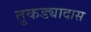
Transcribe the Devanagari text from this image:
तुकड्यादास